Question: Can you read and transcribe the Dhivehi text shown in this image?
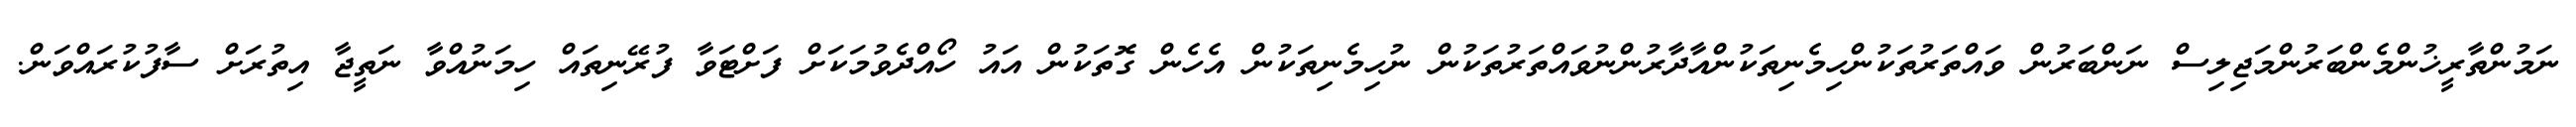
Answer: ނަމުންތާރީޚުންމެންބަރުންމަޖިލިސް ނަންބަރުން ވައްތަރުތަކުންހިމެނިތަކުންއާދާރުންނުވައްތަރުތަކުން ނުހިމެނިތަކުން އެހެން ގޮތަކުން އައު ހޯއްދެވުމަކަށް ފަށްޓަވާ ފުރޭނިތައް ހިމަނުއްވާ ނަތީޖާ އިތުރަށް ސާފުކުރައްވަން.